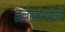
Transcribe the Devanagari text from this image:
हल्लेखोरांपैकी